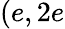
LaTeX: (e,2e